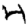
Digit: 4